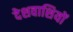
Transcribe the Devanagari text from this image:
देशवाशियों